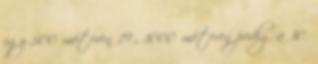
így 500 méteren 19., 1000 méteren pedig a 30.